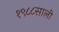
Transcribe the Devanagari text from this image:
१९८८साली